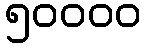
၅၀၀၀၀